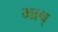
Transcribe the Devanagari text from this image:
भाष्